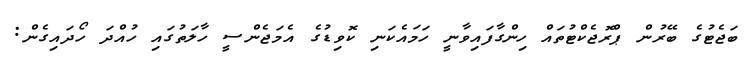
ބަޖެޓުގެ ބޭރުން ޕްރޮޖެކްޓުތައް ހިންގާފައިވާނީ ހަމައެކަނި ކޮވިޑުގެ އެމަޖެންސީ ހާލަތުގައި ހުއްދަ ހޯދައިގެން: